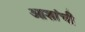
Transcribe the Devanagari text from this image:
आशांची